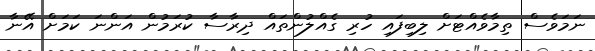
ނަމަވެސް ތިމާވެއްޓަށް ލިބިފައި ހުރި ގެއްލުންތައް ދިރާސާ ކުރަމުން އަންނަ ކަމަށް އޭނާ